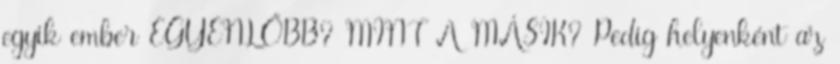
egyik ember EGYENLŐBB? MINT A MÁSIK? Pedig helyenként az